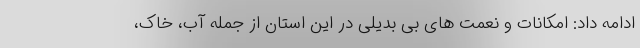
ادامه داد: امکانات و نعمت های بی بدیلی در این استان از جمله آب، خاک،